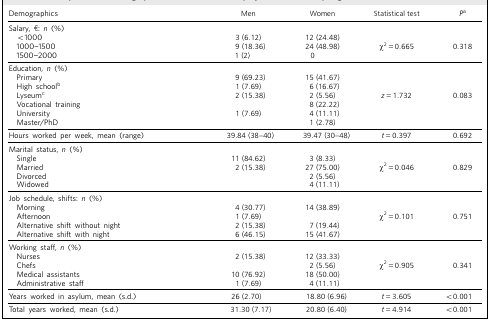
| Demographics | Men | Women | Statistical test | Pa |
 | --- | --- | --- | --- | --- |
 | Salary, €: n (%) |  |  |  |  |
 | <1000 | 3 (6.12) | 12 (24.48) |  |  |
 | 1000–1500 | 9 (18.36) | 24 (48.98) | χ2 = 0.665 | 0.318 |
 | 1500–2000 | 1 (2) | 0 |  |  |
 | Education, n (%) |  |  |  |  |
 | Primary | 9 (69.23) | 15 (41.67) |  |  |
 | High schoolb | 1 (7.69) | 6 (16.67) |  |  |
 | Lyseumc | 2 (15.38) | 2 (5.56) | z = 1.732 | 0.083 |
 | Vocational training |  | 8 (22.22) |  |  |
 | University | 1 (7.69) | 4(11.11) |  |  |
 | Master/PhD |  | 1 (2.78) |  |  |
 | Hours worked per week, mean (range) | 39.84 (38–40) | 39.47 (30–48) | t = 0.397 | 0.692 |
 | Marital status, n (%) |  |  |  |  |
 | Single | 11 (84.62) | 3 (8.33) |  |  |
 | Married | 2 (15.38) | 27 (75.00) | χ2 = 0.046 | 0.829 |
 | Divorced |  | 2 (5.56) |  |  |
 | Widowed |  | 4 (11.11) |  |  |
 | Job schedule, shifts: n (%) |  |  |  |  |
 | Morning | 4 (30.77) | 14 (38.89) |  |  |
 | Afternoon | 1 (7.69) |  | χ2 = 0.101 | 0.751 |
 | Alternative shift without night | 2 (15.38) | 7 (19.44) |  |  |
 | Alternative shift with night | 6 (46.15) | 15 (41.67) |  |  |
 | Working staff, n (%) |  |  |  |  |
 | Nurses | 2 (15.38) | 12 (33.33) |  |  |
 | Chefs |  | 2 (5.56) | χ2 = 0.905 | 0.341 |
 | Medical assistants | 10 (76.92) | 18 (50.00) |  |  |
 | Administrative staff | 1 (7.69) | 4 (11.11) |  |  |
 | Years worked in asylum, mean (s.d.) | 26 (2.70) | 18.80 (6.96) | t = 3.605 | < 0.001 |
 | Total years worked, mean (s.d.) | 31.30 (7.17) | 20.80 (6.40) | t = 4.914 | < 0.001 |